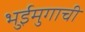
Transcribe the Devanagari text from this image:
भुईमुगाची